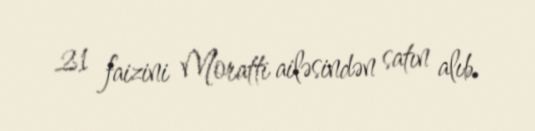
21 faizini Moratti ailəsindən satın alıb.